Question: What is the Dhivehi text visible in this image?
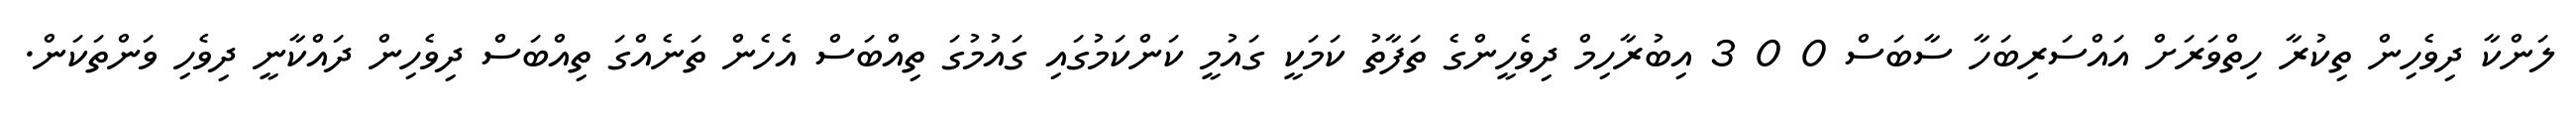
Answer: ލަންކާ ދިވެހިން ތިކުރާ ހިތްވަރަށް އައްސަރިބަހާ ސާބަސް 0 0 3 އިބުރާހިމް ދިވެހީންގެ ތަފާތު ކަމަކީ ގައުމީ ކަންކަމުގައި ގައުމުގަ ތިއްބަސް އެހެން ތަނެއްގަ ތިއްބަސް ދިވެހިން ދައްކާނީ ދިވެހި ވަންތަކަން.